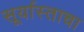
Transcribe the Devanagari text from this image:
सूर्यास्ताचा